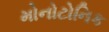
મોનોટોનિક